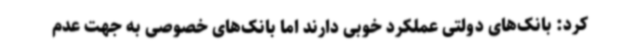
کرد: بانک‌های دولتی عملکرد خوبی دارند اما بانک‌های خصوصی به جهت عدم